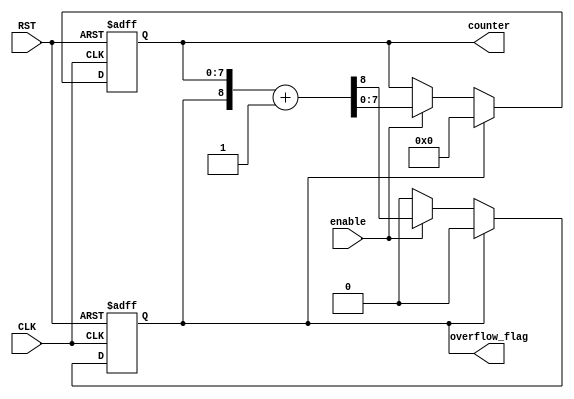
/***********************************************
Module Name:   counter
Feature:       Counter
Coder:         Garfield
Organization:  XXXX Group, Department of Architecture
------------------------------------------------------
Input ports:   CLK, 1 bit, clock
               RST, 1 bit, reset
               enable, 8 bits, input data to be added, unsiged
                     one void value in one clock
Output Ports:  counter, 8 bits, counter value, unsigned
                        increase 1 when enable = 1
               over_flow_flag, is 1 when counter value over flowing
------------------------------------------------------
History:
12-24-2015: First Version by Garfield
12-24-2015: First verified by Counter_test
***********************************************/

module counter
  ( 
    input CLK, input RST,
    input enable,
    output reg[7:0] counter,
	  output reg overflow_flag 
  );
  
//Load other module(s)

//Definition for Variables in the module

//Logical
always @(posedge CLK, negedge RST)
begin
    if (!RST)
    //Reset
    begin
       {overflow_flag, counter} <= 9'h000;
    end
    else if (overflow_flag)
    //Over flew and reset
    begin
        {overflow_flag, counter} <= 9'h000;
    end
    else if(enable)
    //Counter enabled
    begin
    	{overflow_flag, counter} <= {overflow_flag, counter} + 9'h001;
    end
end

endmodule